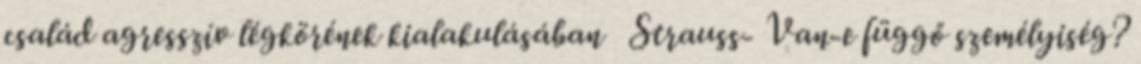
család agresszív légkörének kialakulásában Strauss- Van-e függő személyiség?